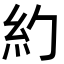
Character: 𥾉